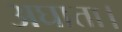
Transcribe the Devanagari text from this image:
अघाता।